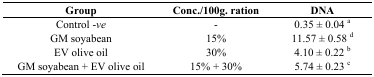
<table><thead><tr><td><b>Group</b></td><td><b>Conc./100g. ration</b></td><td><b>DNA</b></td></tr></thead><tbody><tr><td>Control -<i>ve</i></td><td>-</td><td>0.35 ± 0.04 <sup>a</sup></td></tr><tr><td>GM soyabean</td><td>15%</td><td>11.57 ± 0.58 <sup>d</sup></td></tr><tr><td>EV olive oil</td><td>30%</td><td>4.10 ± 0.22 <sup>b</sup></td></tr><tr><td>GM soyabean + EV olive oil</td><td>15% + 30%</td><td>5.74 ± 0.23 <sup>c</sup></td></tr></tbody></table>